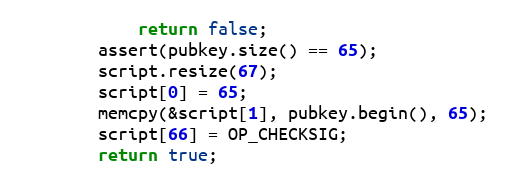
Language: C++
            return false;
        assert(pubkey.size() == 65);
        script.resize(67);
        script[0] = 65;
        memcpy(&script[1], pubkey.begin(), 65);
        script[66] = OP_CHECKSIG;
        return true;